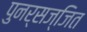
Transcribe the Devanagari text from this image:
पुनर्सज्जित